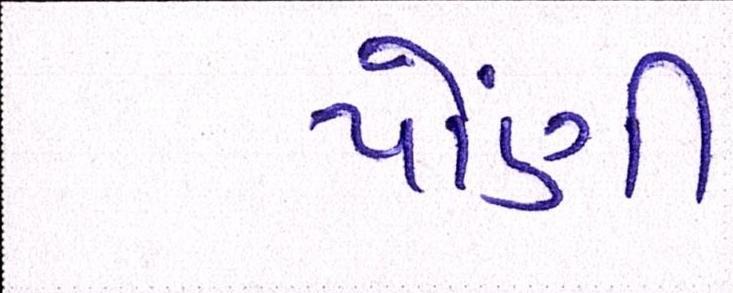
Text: પોંણી